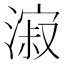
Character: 漃